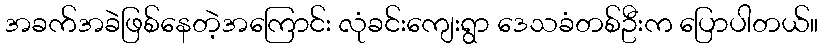
အခက်အခဲဖြစ်နေတဲ့အကြောင်း လုံခင်းကျေးရွာ ဒေသခံတစ်ဦးက ပြောပါတယ်။